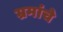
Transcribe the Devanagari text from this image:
भ्रमांचे